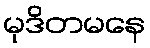
မုဒိတမနေ